system: You are a helpful assistant.
user:
Analyze the provided spectrum to determine if it is a **Carbon Star (C-type)**.

- **Key Visual Indicators of Carbon Star:**
    - **(Primary):** Strong molecular absorption from **C₂ (diatomic carbon) "Swan Bands."** This is the **defining feature** of a carbon star.
        - **(Key Bandheads):** Sharp absorption edges are visible at approximately $5635$ Å, $5165$ Å (the strongest band), and $4737$ Å.
        - **(Line Profile):** Creates a distinct **"saw-tooth"** pattern. The key morphology is a sharp, steep bandhead on the **red (long-wavelength) side**, which then gradually tapers off (i.e., flux recovers) towards the **blue (short-wavelength) side**. *(This is the direct opposite of the TiO bands seen in M-type stars)*.

    - **(Secondary):** Intense **CN (cyanogen)** molecular absorption bands.
        - **(Key Bandheads):** Located in the blue and violet regions of the spectrum (e.g., near $4215$ Å and $3883$ Å).
        - **(Morphology):** These bands are extremely broad and act as a "blanket," absorbing the vast majority of blue and violet light. This creates a characteristic **"cliff"** or **"steep drop-off"** in the spectrum's flux at short wavelengths.

    - **(Key Confirmation):** Strong **CH absorption band (G-band)**.
        - **(Key Bandhead):** Located around $4300$ Å. The contribution from CH molecules to this band is exceptionally strong.

    - **(Overall Spectrum):**
        - The continuum is severely "chopped up" by these deep molecular bands, especially C₂, rather than appearing as a smooth curve.
        - Due to the heavy CN and C₂ absorption in the blue-green, the vast majority of the star's flux is concentrated in the red part of the spectrum, giving the star its characteristic deep red color.

Think first, call **spectral_visualization_tool** if needed to examine features in detail, then provide your final answer. Your response must adhere to the following strict rules:
1.  **Overall Structure:** Your response must follow the format `<think>...</think> <tool_call>...</tool_call> (if a tool is used) <answer>...</answer>`.
2.  **Tool Usage Constraint:** You may only make **one** tool call per turn.
3.  **Final Answer Format:** In the `<answer>` tag, your conclusion must be inside a `\boxed{}` command (e.g., `\boxed{YES}`), followed by your justification.

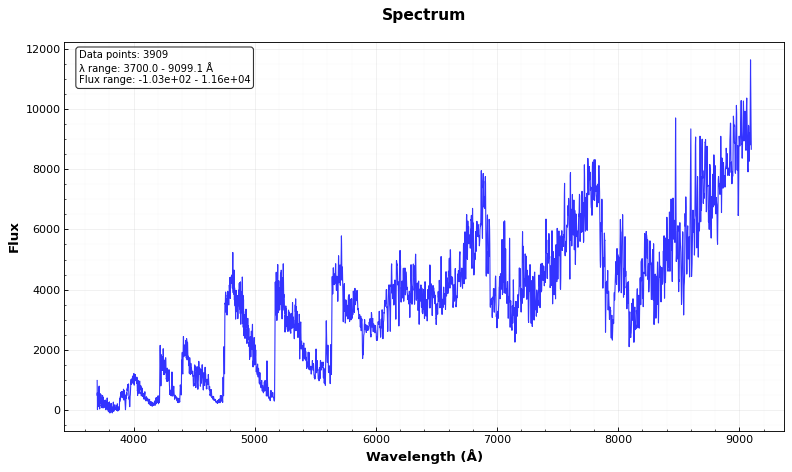
Answer: YES